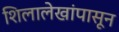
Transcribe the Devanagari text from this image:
शिलालेखांपासून